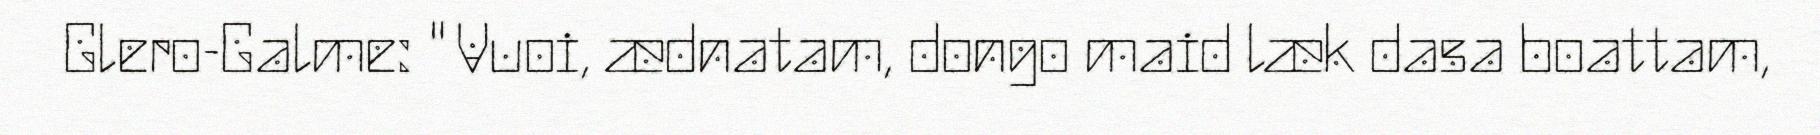
Glero-Galme: " Vuoi, ædnatam, dongo maid læk dasa boattam,